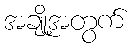
အချို့အတွက်